Report of the King Institute of Preventive Medicine, Guindy
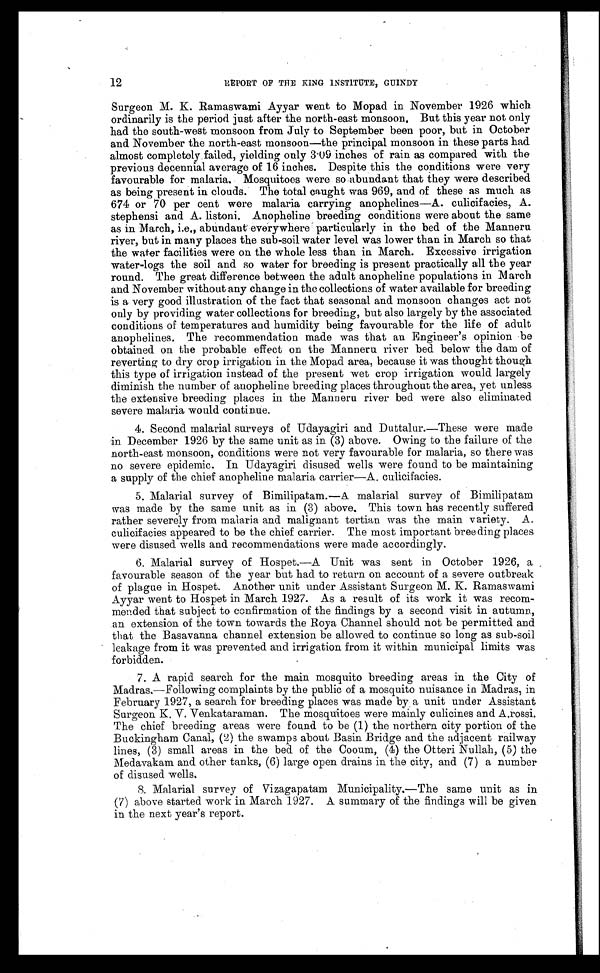
12
RE PORT OF THE KING INSTITUTE, GUINDY
Surgeon M. K. Ramaswami Ayyar went to Mopad in November 1926 which
ordinarily is the period just after the north-east monsoon. But this year not only
had the south-west monsoon from July to September been poor, but in October
and November the north-east monsoon—the principal monsoon in these parts had
almost completely failed, yielding only 3.09 inches of rain as compared with the
previous decennial average of 16 inches. Despite this the conditions were very
favourable for malaria. Mosquitoes were so abundant that they were described
as being present in clouds. The total caught was 969, and of these as much as
674 or 70 per cent were malaria carrying anophelines—A. culicifacies, A.
stephensi and A. listoni. Anopheline breeding conditions were about the same
as in March, i.e., abundant everywhere particularly in the bed of the Manneru
river, but in many places the sub-soil water level was lower than in March so that
the water facilities were on the whole less than in March. Excessive irrigation
water-logs the soil and so water for breeding is present practically all the year
round. The great difference between the adult anopheline populations in March
and November without any change in the collections of water available for breeding
is a very good illustration of the fact that seasonal and monsoon changes act not
only by providing water collections for breeding, but also largely by the associated
conditions of temperatures and humidity being favourable for the life of adult
anophelines. The recommendation made was that an Engineer’s opinion be
obtained on the probable effect on the Manneru river bed below the dam of
reverting to dry crop irrigation in the Mopad area, because it was thought though
this type of irrigation instead of the present wet crop irrigation would largely
diminish the number of anopheline breeding places throughout the area, yet unless
the extensive breeding places in the Manneru river bed were also eliminated
severe malaria would continue.
4. Second malarial surveys of Udayagiri and Duttalur.—These were made
in December 1926 by the same unit as in (3) above. Owing to the failure of the
north-east monsoon, conditions were not very favourable for malaria, so there was
no severe epidemic. In Udayagiri disused wells were found to be maintaining
a supply of the chief anopheline malaria carrier—A. culicifacies.
5. Malarial survey of Bimilipatam.—A malarial survey of Bimilipatam
was made by the same unit as in (3) above. This town has recently suffered
rather severely from malaria and malignant tertian was the main variety. A.
culicifacies appeared to be the chief carrier. The most important breeding places
were disused wells and recommendations were made accordingly.
6. Malarial survey of Hospet.—A Unit was sent in October 1926, a
favourable season of the year but had to return on account of a severe outbreak
of plague in Hospet. Another unit under Assistant Surgeon M. K. Ramaswami
Ayyar went to Hospet in March 1927. As a result of its work it was recom-
mended that subject to confirmation of the findings by a second visit in autumn,
an extension of the town towards the Roya Channel should not be permitted and
that the Basavanna channel extension be allowed to continue so long as sub-soil
leakage from it was prevented and irrigation from it within municipal limits was
forbidden.
7. A rapid search for the main mosquito breeding areas in the City of
Madras.—Following complaints by the public of a mosquito nuisance in Madras, in
February 1927, a search for breeding places was made by a unit under Assistant
Surgeon K. V. Venkataraman. The mosquitoes were mainly culicines and A.rossi.
The chief breeding areas were found to be (1) the northern city portion of the
Buckingham Canal, (2) the swamps about Basin Bridge and the adjacent railway
lines, (3) small areas in the bed of the Cooum, (4) the Otteri Nullah, (5) the
Medavakam and other tanks, (6) large open drains in the city, and (7) a number
of disused wells.
8. Malarial survey of Vizagapatam Municipality.—The same unit as in
(7) above started work in March 1927. A summary of the findings will be given
in the next year’s report.